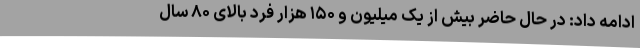
ادامه داد: در حال حاضر بیش از یک میلیون و ۱۵۰ هزار فرد بالای ۸۰ سال